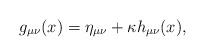
LaTeX: \begin{align*}g_{\mu \nu }(x)=\eta _{\mu \nu }+\kappa h_{\mu \nu }(x), \end{align*}